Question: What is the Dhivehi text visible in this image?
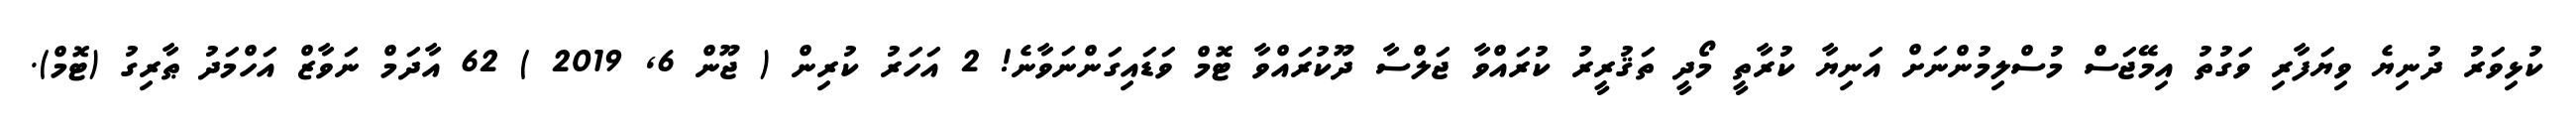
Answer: ކުޅިވަރު ދުނިޔެ ވިޔަފާރި ވަގުތު އިމޭޖަސް މުސްލިމުންނަށް އަނިޔާ ކުރާތީ މޯދީ ތަޤުރީރު ކުރައްވާ ޖަލްސާ ދޫކުރައްވާ ޓޮމް ވަޑައިގަންނަވާނެ! 2 އަހަރު ކުރިން ( ޖޫން 6, 2019 ) 62 އާދަމް ނަވާޒް އަހްމަދު ޠާރިގު (ޓޮމް).